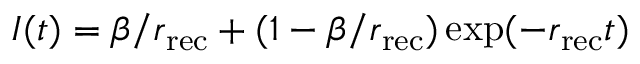
I ( t ) = \beta / r _ { \mathrm { r e c } } + ( 1 - \beta / r _ { \mathrm { r e c } } ) \exp ( - r _ { \mathrm { r e c } } t )